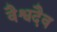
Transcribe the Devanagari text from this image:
वैश्वदैव